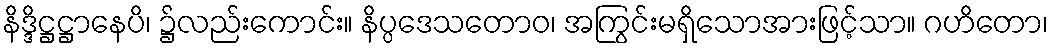
နိဒ္ဒိဋ္ဌဋ္ဌာနေပိ၊ ၌လည်းကောင်း။ နိပ္ပဒေသတောဝ၊ အကြွင်းမရှိသောအားဖြင့်သာ။ ဂဟိတော၊